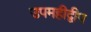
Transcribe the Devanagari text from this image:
उपमहीद्वीप